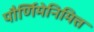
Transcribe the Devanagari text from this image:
पौर्णिमेनिमित्त